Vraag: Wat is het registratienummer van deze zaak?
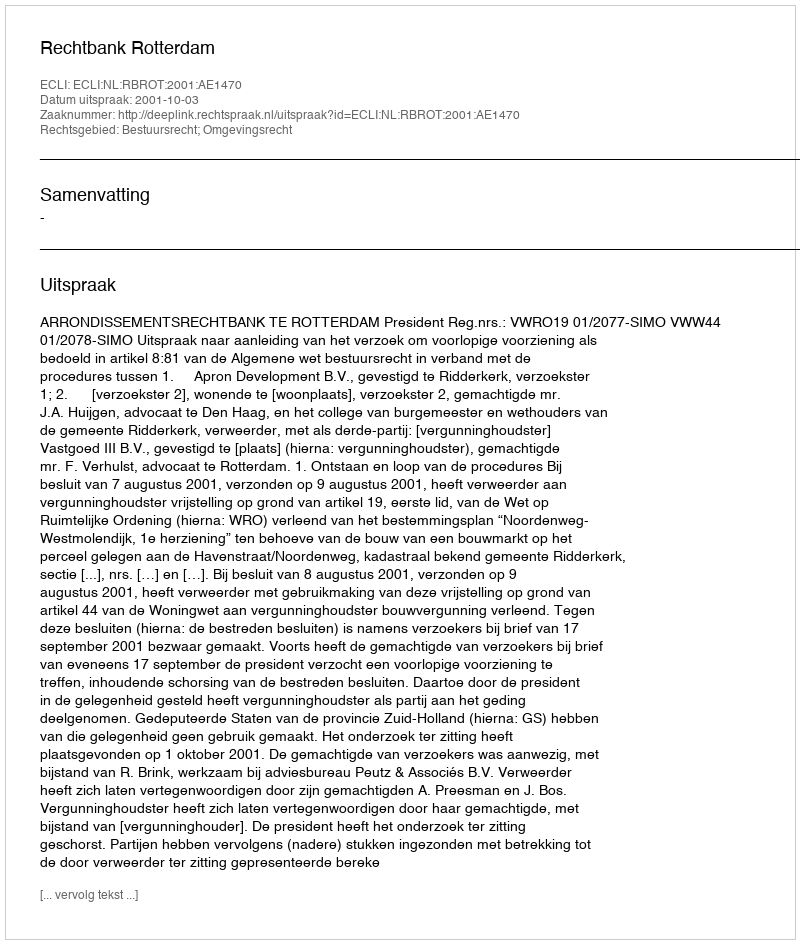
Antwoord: http://deeplink.rechtspraak.nl/uitspraak?id=ECLI:NL:RBROT:2001:AE1470